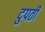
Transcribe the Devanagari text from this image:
दुपर्ती